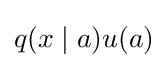
q(x\mid a)u(a)